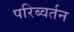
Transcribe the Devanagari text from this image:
परिब्वर्तन